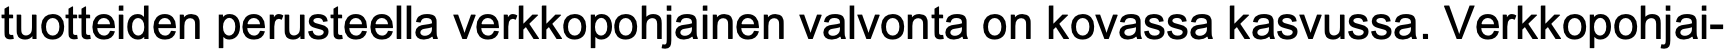
tuotteiden perusteella verkkopohjainen valvonta on kovassa kasvussa. Verkkopohjai-